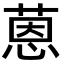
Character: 蒽